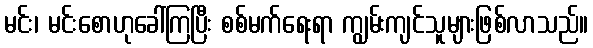
မင်း၊ မင်းစောဟုခေါ်ကြပြီး စစ်မက်ရေးရာ ကျွမ်းကျင်သူများဖြစ်လာသည်။